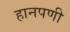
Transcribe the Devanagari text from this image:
हानपणी